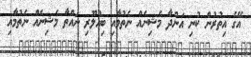
އޭގެ އިތުރުން ކުނި އަންދާ މެޝިނެއް ނެތުމާއި ބިއްލޫރި ނައްތާ މެޝިނެއް ނެތުމާއި